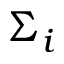
\Sigma _ { i }